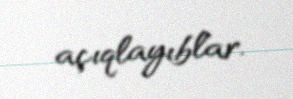
açıqlayıblar.